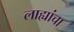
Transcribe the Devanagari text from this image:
लाह्यांचा